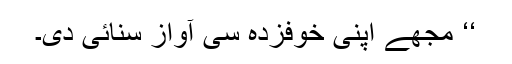
‘‘ مجھے اپنی خوفزدہ سی آواز سنائی دی۔